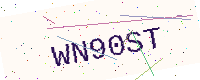
Text: WN90ST